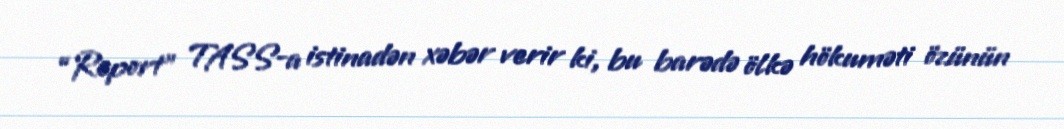
“Report” TASS-a istinadən xəbər verir ki, bu barədə ölkə hökuməti özünün